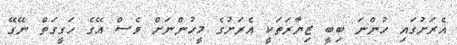
އެރަށުގައި ހުންނަ ބިބީ ޒިޔާރަތަކީ އެރަށުގެ މީހުންނަށް ވެސް އޭގެ ހަގީގަތް ނޭގޭ